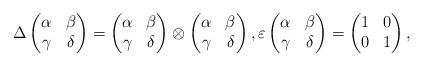
LaTeX: \begin{align*}\Delta\begin{pmatrix} \alpha & \beta\\ \gamma & \delta\end{pmatrix}=\begin{pmatrix} \alpha & \beta\\ \gamma & \delta\end{pmatrix}\otimes\begin{pmatrix} \alpha & \beta\\ \gamma & \delta\end{pmatrix},\varepsilon\begin{pmatrix} \alpha & \beta\\ \gamma & \delta\end{pmatrix}=\begin{pmatrix} 1 & 0\\ 0 & 1\end{pmatrix},\end{align*}